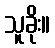
သူခိုး။